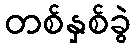
တစ်နှစ်ခွဲ